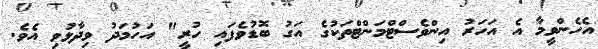
އެހެންވީމާ އެ އަހަރު އިންވެސްޓްމަންޓްތަކުގެ އަގު ބޮޑުވެފައި ހުރީ" އަހުމަދު ވިދާޅުވި އެވެ.